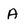
Character: A